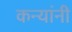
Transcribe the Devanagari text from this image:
कन्यांनी